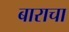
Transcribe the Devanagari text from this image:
बाराचा